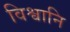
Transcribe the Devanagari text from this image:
विश्वानि